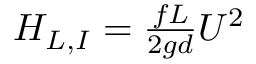
\begin{array} { r } { H _ { L , I } = \frac { f L } { 2 g d } { U ^ { 2 } } } \end{array}